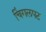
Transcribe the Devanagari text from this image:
चिंगलपट